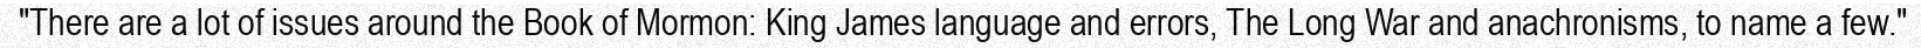
"There are a lot of issues around the Book of Mormon: King James language and errors, The Long War and anachronisms, to name a few."